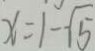
x = 1 - \sqrt { 5 }